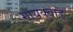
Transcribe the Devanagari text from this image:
गायक्वाड